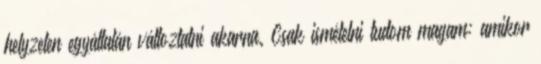
helyzeten egyáltalán változtatni akarna. Csak ismételni tudom magam: amikor